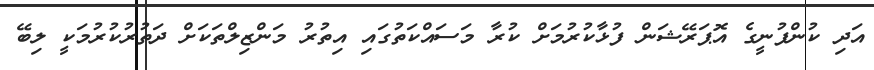
އަދި ކުންފުނީގެ އޮޕަރޭޝަން ފުޅާކުރުމަށް ކުރާ މަސައްކަތުގައި އިތުރު މަންޒިލްތަކަށް ދަތުރުކުރުމަކީ ލިބޭ